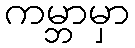
ကမ္ဘာမှာ